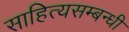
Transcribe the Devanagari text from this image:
साहित्यसम्बन्धी